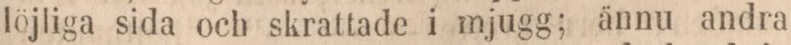
löjliga sida och skrattade i mjugg; ännu andra